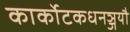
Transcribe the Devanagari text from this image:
कार्कोटकधनञ्जयौ